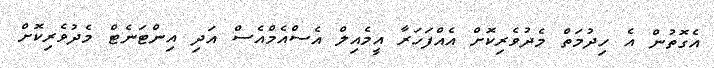
އެގޮތުން އެ ހިދުމަތް މެދުވެރިކޮށް އެއްފަހަރާ އީމެއިލް އެސްއެމްއެސް އަދި އިންޓަނެޓް މެދުވެރިކޮށް